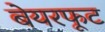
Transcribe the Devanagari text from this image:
बेयरफूट